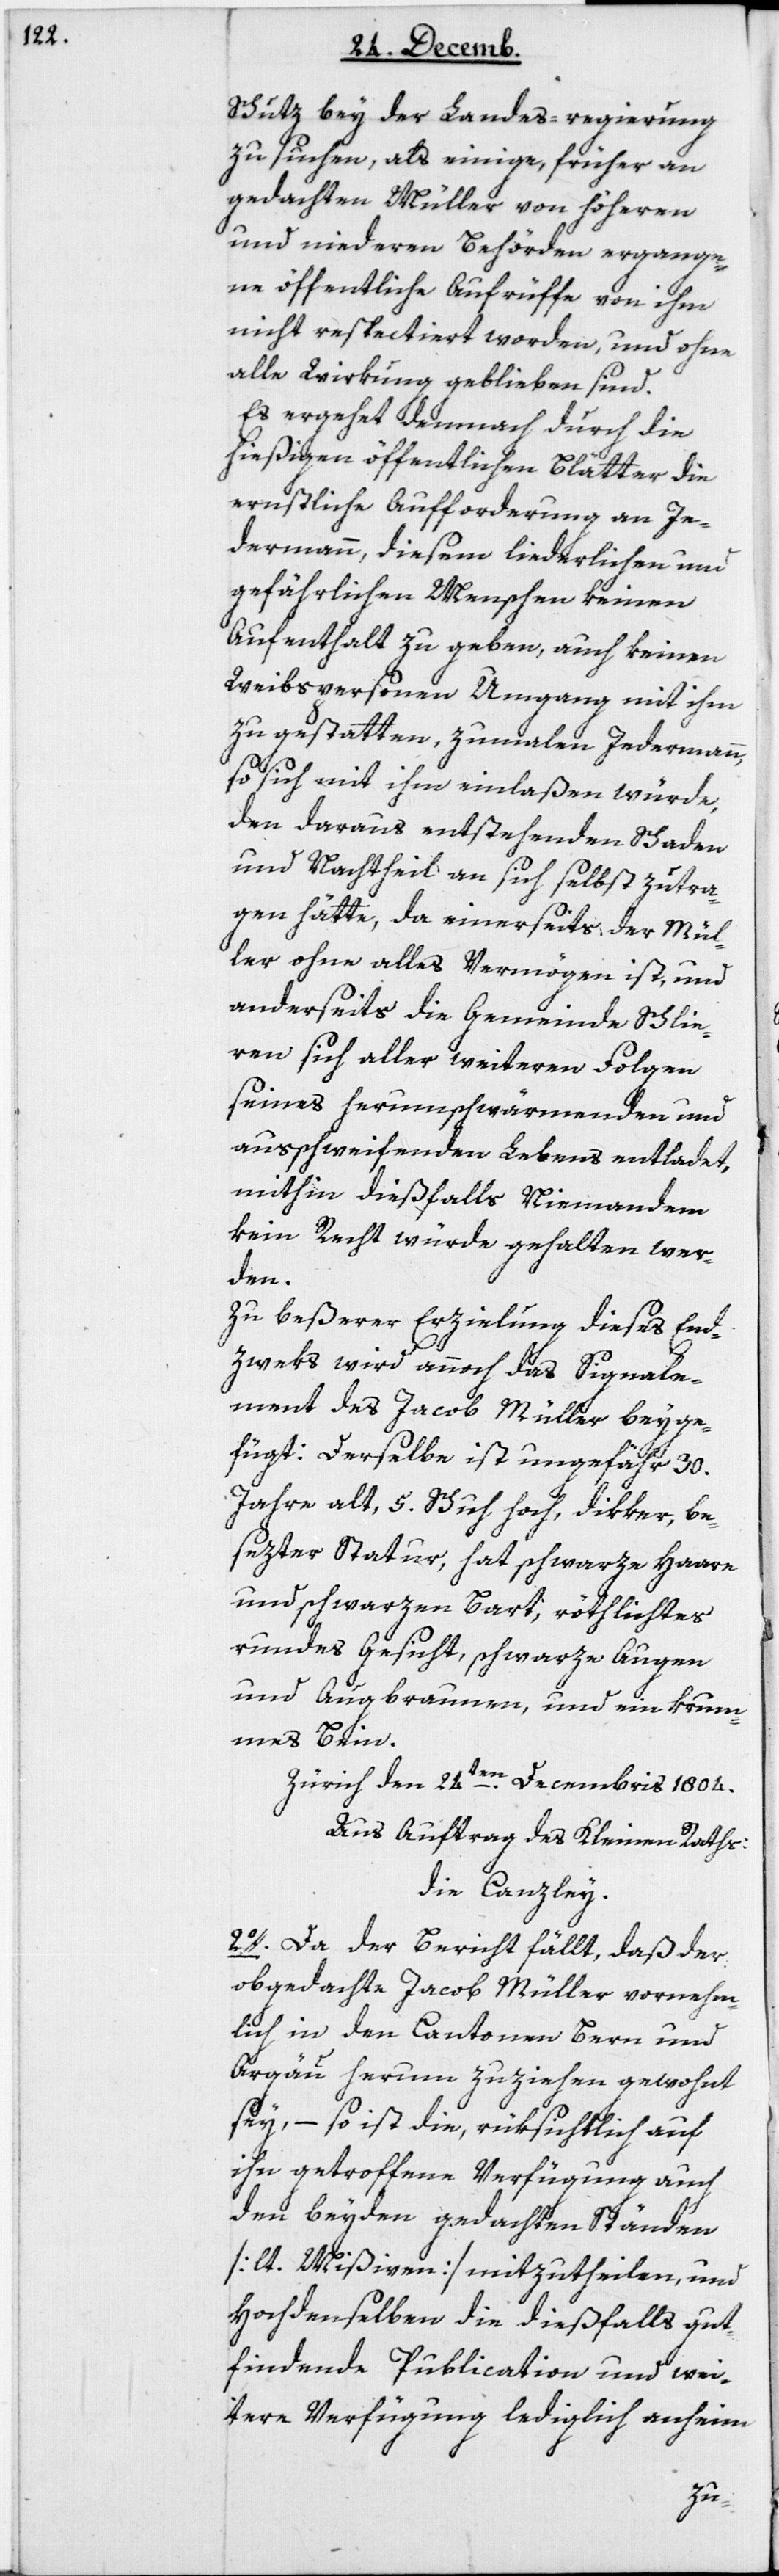
Schutz bey der Landesregierung
zu suchen, als einige, früher an
gedachten Müller von höheren
und niederen Behörden ergange¬
ne öffentliche Aufrüffe von ihm
nicht respectiert worden, und ohne
alle Wirkung geblieben sind.
Es ergehet demnach durch die
hießigen öffentlichen Blätter die
ernstliche Aufforderung an Je¬
dermann, diesem liederlichen und
gefährlichen Menschen keinen
Aufenthalt zu geben, auch keinen
Weibspersonen Umgang mit ihm
zu gestatten, zumalen Jedermann,
so sich mit ihm einlaßen würde,
den daraus entstehenden Schaden
und Nachtheil an sich selbst zu tra¬
gen hätte, da einerseits der Mül¬
ler ohne alles Vermögen ist, und
anderseits die Gemeinde Schlie¬
ren sich aller weiteren Folgen
seines herumschwärmenden und
ausschweifenden Lebens entladet,
mithin dießfalls niemandem
kein Recht würde gehalten wer¬
den.
Zur beßerer Erzielung dieses End¬
zweks wird annoch das Signale¬
ment des Jacob Müller beyge¬
fügt: Derselbe ist ungefähr 30
Jahre alt, 5 Schuh hoch, dikker, be¬
setzter Statur, hat schwarze Haare
und schwarzen Bart, röthlichtes
rundes Gesicht, schwarze Augen
und Augbraunen und ein krum¬
mes Bein.
Zürich, den 24ten Decembris 1804.
Aus Auftrag des Kleinen Raths:
Die Canzley.
2. Da der Bericht fällt, daß der
obgedachte Jacob Müller vornehm¬
lich in den Cantonen Bern und
Argau herum zu ziehen gewohnt
sey, – so ist die, rüksichtlich auf
ihn getroffene Verfügung auch
den beyden gedachten Ständen
[lt. Mißiven] mitzutheilen, und
Hochdenselben die dießfalls gut
findende Publication und wei¬
tere Verfügung lediglich anheim